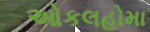
ઓકલહોમા